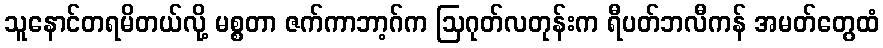
သူနောင်တရမိတယ်လို့ မစ္စတာ ဇက်ကာဘာ့ဂ်က ဩဂုတ်လတုန်းက ရီပတ်ဘလီကန် အမတ်တွေထံ